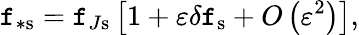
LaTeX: \mathtt{f}_{\ast\mathrm{{s}}}=\mathtt{f}_{J\mathrm{{s}}}\left[1+\varepsilon\delta\mathtt{f}_{\mathrm{{s}}}+O\left(\varepsilon^{2}\right)\right],